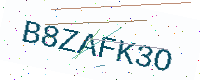
Text: B8ZAFK3O